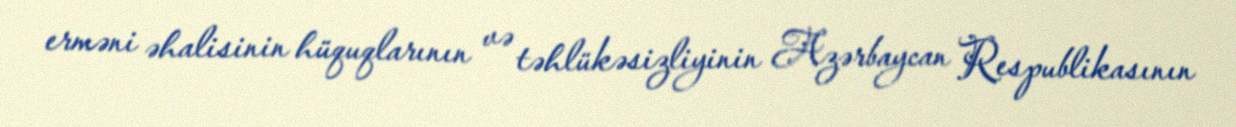
erməni əhalisinin hüquqlarının və təhlükəsizliyinin Azərbaycan Respublikasının